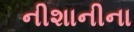
નીશાનીના